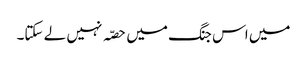
میں اس جنگ میں حصّہ نہیں لے سکتا۔